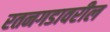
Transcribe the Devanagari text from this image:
रतनगडावरील